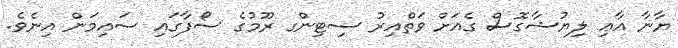
ޔާނާ އާޢި ލިޔުޝާގޮސް ގެއަށް ވަތްއިރު ސިޓިންގ ރޫމުގެ ސޯފާގައި ސައިމަން އިނެވެ.